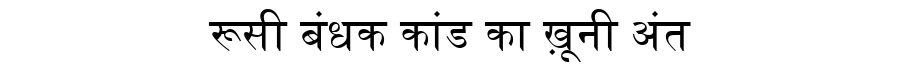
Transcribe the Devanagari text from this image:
रूसी बंधक कांड का ख़ूनी अंत